Indian journal of veterinary science and animal husbandry - Volumes 15-17, 1948-1951
Year: 1948
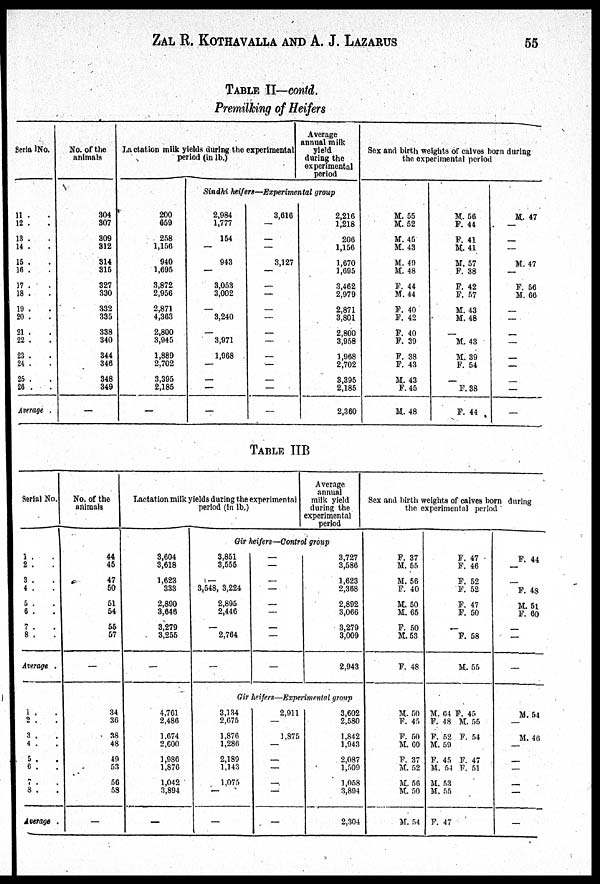
ZAL R. KOTHAVALLA AND A. J. LAZARUS 55
TABLE II—contd.
Premilking of Heifers
Serial No.
11 . .
12 . .
13 . .
14 . .
15 . .
16 . .
17 . .
18 . .
19 . .
20 . .
21 . .
22 . .
23 . .
24 . .
25 . .
26 . .
Average
No. of the
animals
304
307
309
312
314
315
327
330
332
335
338
340
344
346
348
349
—
Lactation milk yields during the experimental
period (in lb.)
200
659
258
1,156
940
1,695
3,872
2,956
2,871
4,363
2,800
3,945
1,889
2,702
3,395
2,185
—
Average
annual milk
yield
during the
experimental
period
Sindhi heifers—Experimental group
2,984
1,777
154
—
943
—
3,053
3,002
—
3,240
—
3,971
1,968
—
—
—
—
3,616
—
—
—
3,127
—
—
—
—
—
—
—
—
—
—
—
—
2,216
1,218
206
1,156
1,670
1,695
3,462
2,979
2,871
3,801
2,800
3,958
1,968
2,702
3,395
2,185
2,360
Sex and birth weights of calves born during
the experimental period
M. 55
M. 52
M. 45
M. 43
M. 49
M. 48
F. 44
M. 44
F. 40
F. 42
F. 40
F. 39
F. 38
F. 43
M. 43
F. 45
M. 48
M. 56
F. 44
F. 41
M. 41
M. 57
F. 38
F. 42
F. 57
M. 43
M. 48
—
M. 43
M. 39
F. 54
—
F. 38
F. 44
M. 47
—
—
—
M. 47
—
F. 56
M. 66
—
—
—
—
—
—
—
—
—
TABLE IIB
Serial No.
1 . .
2 . .
3 . .
4 . .
5 . .
6 . .
7 . .
8 . .
Average .
1 . .
2 . .
3 . .
4 . .
5 . .
6 . .
7 . .
8 . .
Average .
No. of the
animals
44
45
47
50
51
54
55
57
—
34
36
38
48
49
53
56
58
—
Lactation milk yields during the experimental
period (in lb.)
3,604
3,618
1,623
333
2,890
3,646
3,279
3,255
—
4,761
2,486
1,674
2,600
1,986
1,876
1,042
3,894
—
Average
annual
milk yield
during the
experimental
period
Gir heifers—Control group
3,851
3,555
—
3,548, 3,224
2,895
2,446
—
2,764
—
—
—
—
—
—
—
—
—
—
3,727
3,586
1,623
2,368
2,892
3,066
3,279
3,009
2,943
Gir heifers—Experimental group
3,134
2,675
1.876
1,286
2,189
1,143
1,075
—
—
2,911
—
1,875
—
—
—
—
—
—
3,602
2,580
1,842
1,943
2,087
1,509
1,058
3,894
2,304
Sex and birth weights of calves born during
the experimental period
F. 37
M. 55
M. 56
F. 40
M. 50
M. 65
F. 50
M. 53
F. 48
M. 50
F. 45
F. 50
M. 60
F. 37
M. 52
M. 56
M. 50
M. 54
F. 47
F. 46
F. 52
F. 52
F. 47
F. 50
—
F. 58
M. 55
M. 64 F. 45
F. 48 M. 55
F. 52 F. 54
M. 59
F. 45 F. 47
M. 54 F. 51
M. 53
M. 55
F. 47
F. 44
—
—
F. 48
M. 51
F. 60
—
—
—
M. 54
—
M. 46
—
—
—
—
—
—